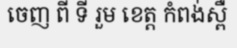
ចេញ ពី ទី រួម ខេត្ត កំពង់ស្ពឺ